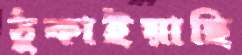
ঠুকাইয়াছি